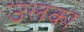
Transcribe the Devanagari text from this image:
उलका